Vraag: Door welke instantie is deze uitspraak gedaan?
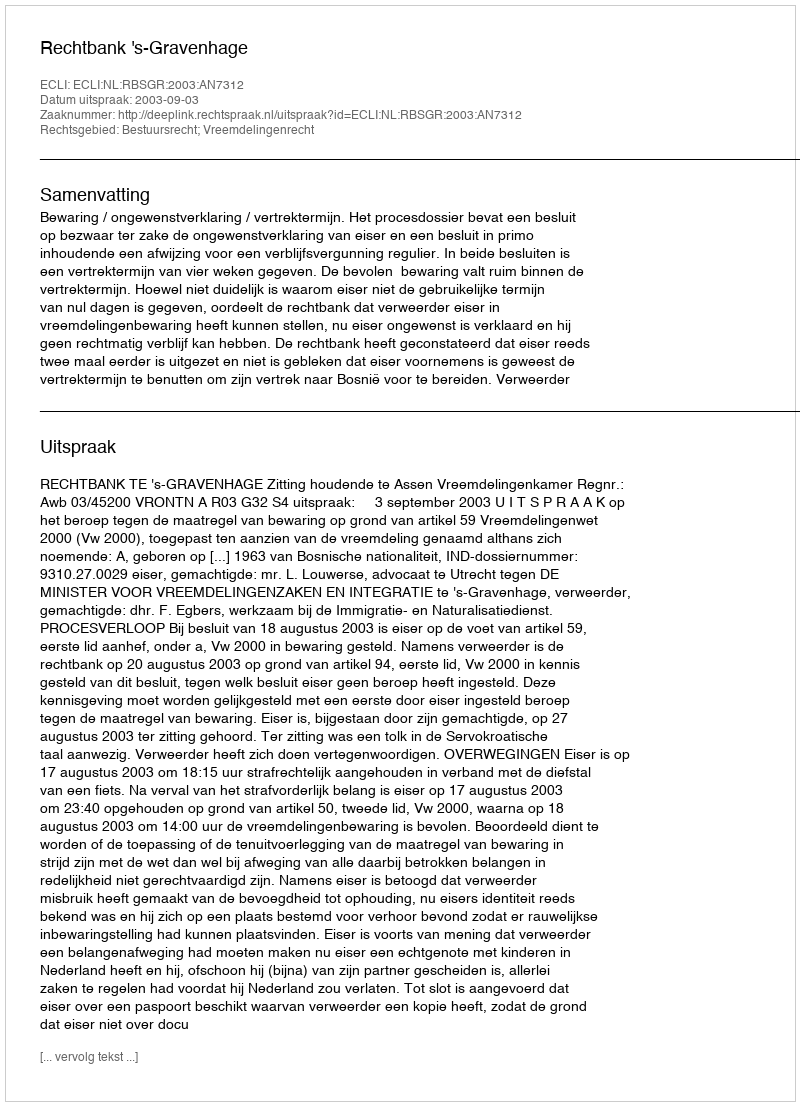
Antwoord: Rechtbank 's-Gravenhage